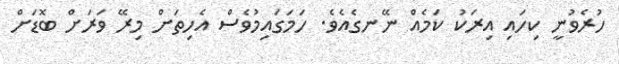
ހުރެވުނީ ކިހައި އިރަކު ކަމެއް ނޭނގެއެވެ. ހަމަގައިމުވެސް އެހިތަށް މިރޭ ވަރަށް ބޮޑަށް